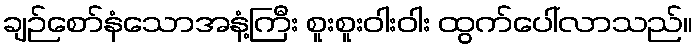
ချဉ်စော်နံသောအနံ့ကြီး စူးစူးဝါးဝါး ထွက်ပေါ်လာသည်။